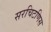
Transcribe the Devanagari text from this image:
सरचिटणिस